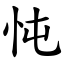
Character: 忳